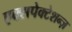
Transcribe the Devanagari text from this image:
एक्सपेक्टेशन्ज़